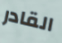
القادر